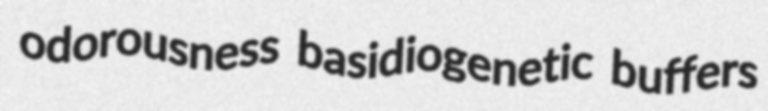
odorousness basidiogenetic buffers